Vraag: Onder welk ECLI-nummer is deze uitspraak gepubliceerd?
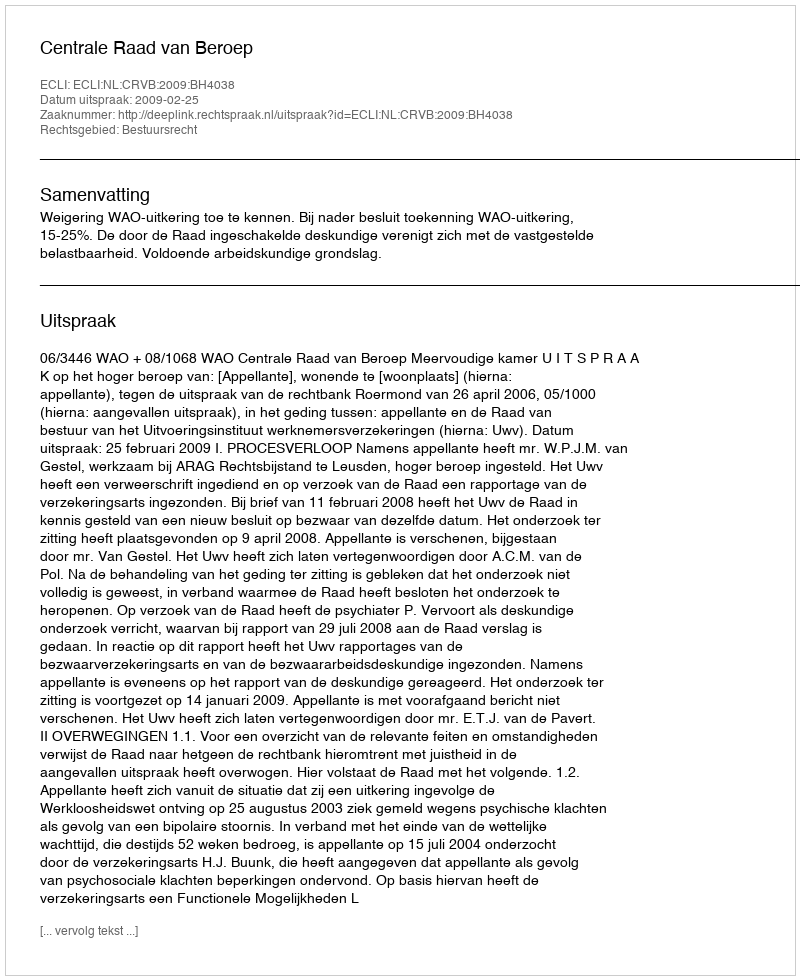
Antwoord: ECLI:NL:CRVB:2009:BH4038